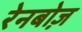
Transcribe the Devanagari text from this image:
रेनबोज़